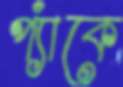
প্যাঁকে